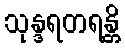
သုန္ဒရတရန္တိ